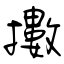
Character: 擻